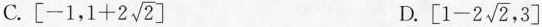
C. $$\left[-1,1+2 \sqrt{2}\right]$$ D. $$\left[1-2 \sqrt{2},3\right]$$